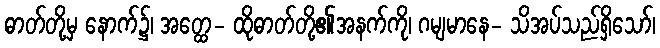
ဓာတ်တို့မှ နောက်၌၊ အတ္ထေ- ထိုဓာတ်တို့၏အနက်ကို၊ ဂမျမာနေ- သိအပ်သည်ရှိသော်၊